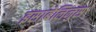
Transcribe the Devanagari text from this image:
इसाबेलिनुस